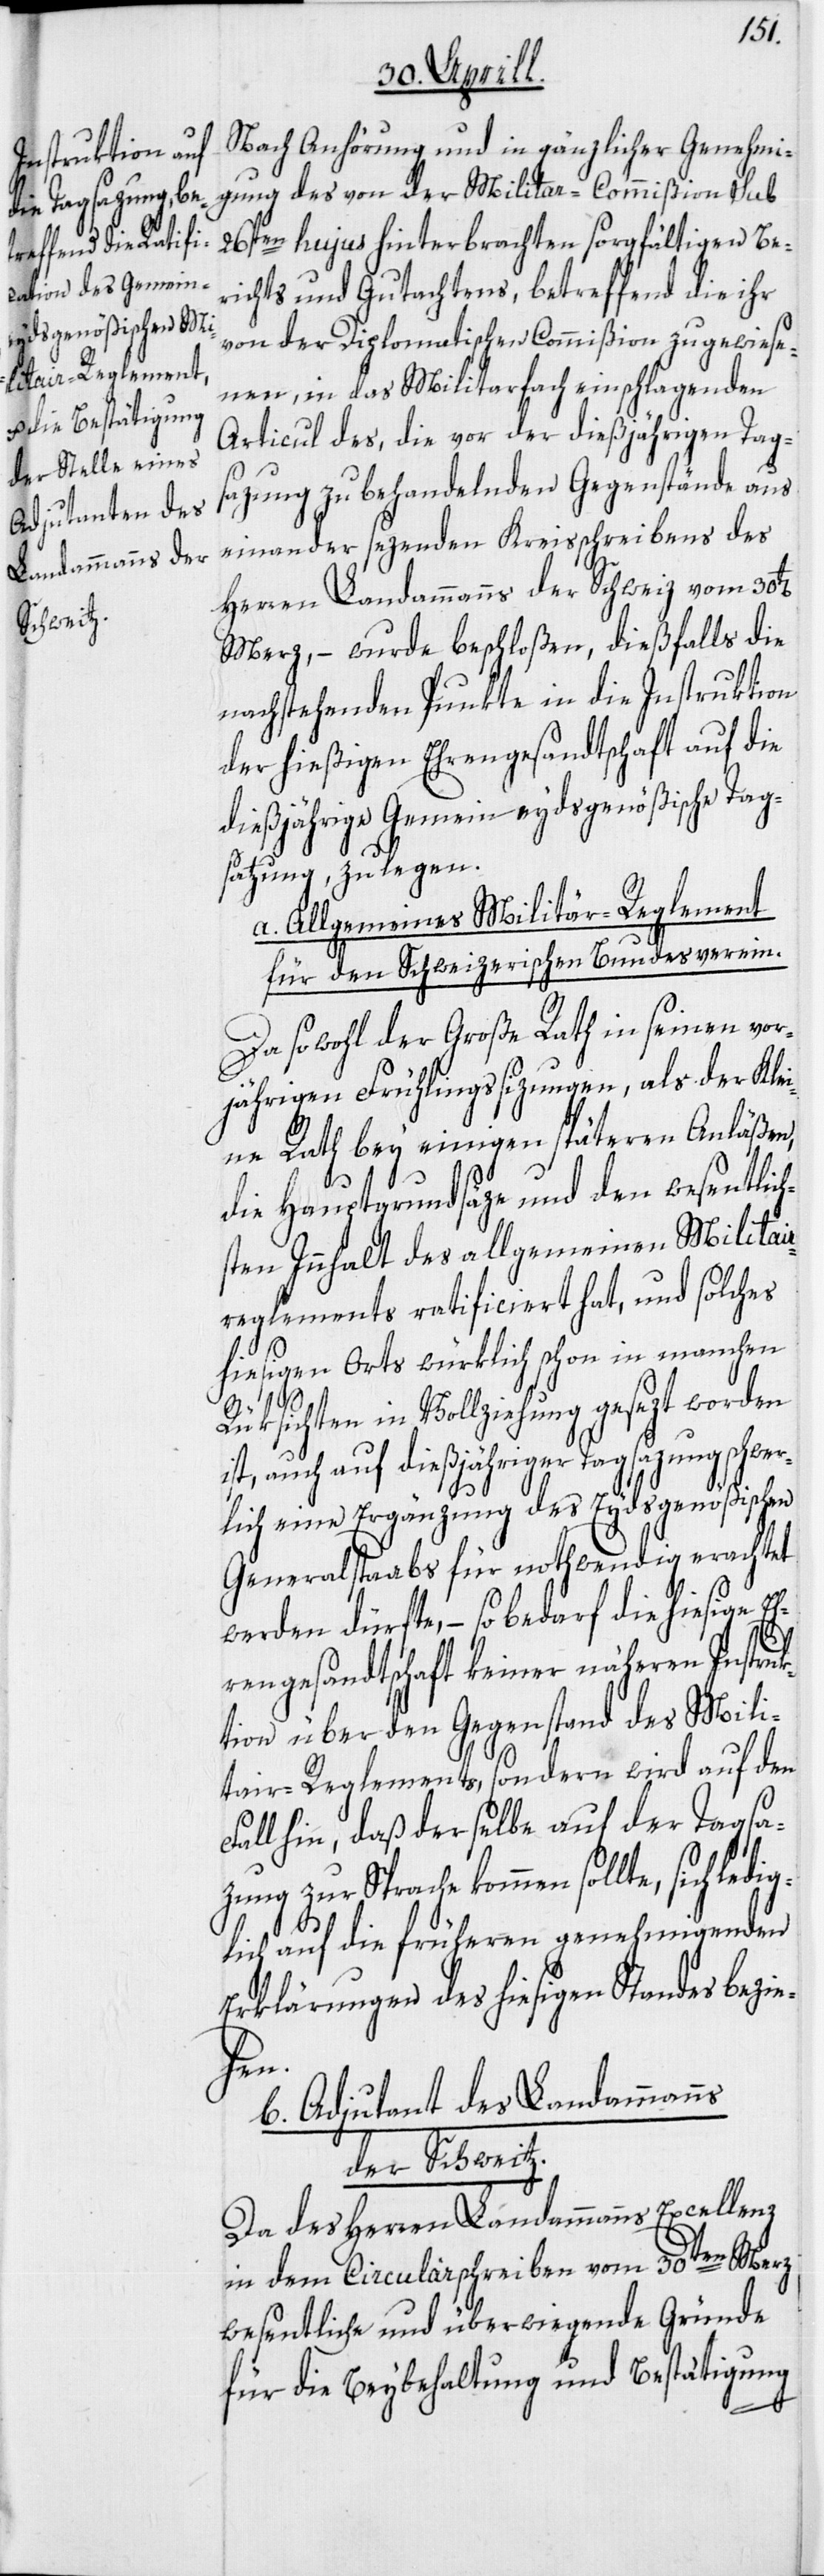
Nach Anhörung und in gänzlicher Genehmi¬
gung des von der Militar-Commißion sub
26sten hujus hinterbrachten sorgfältigen Be¬
richts und Gutachtens, betreffend die ihr
von der Diplomatischen Commißion zugewiese¬
nen, in das Militarfach einschlagenden
Articul des, die vor der dießjährigen Tag¬
sazung zu behandelnden Gegenstände aus
einander sezenden Kreisschreibens des
Herren Landammanns der Schweiz vom 30t[en]
Merz, – wurde beschloßen, dießfalls die
nachstehenden Punkte in die Instruktion
der hießigen Ehrengesandtschaft auf die
dießjährige Gemeineydsgenößische Tag¬
sazung, zu legen.
a. Allgemeines Militär-Reglement
für den Schweizerischen Bundesverein.
Da sowohl der Große Rath in seinen vor¬
jährigen Frühlingssizungen, als der Klei¬
ne Rath bey einigen späteren Anläßen,
die Hauptgrundsäze und den wesentlich¬
sten Innhalt des allgemeinen Militair¬
reglements ratificiert hat, und solches
hiesigen Orts würklich schon in manchen
Rüksichten in Vollziehung gesezt worden
ist, auch auf dießjähriger Tagsazung schwer¬
lich eine Ergänzung des Eydsgenößischen
Generalstaabs für nothwendig erachtet
werden dürfte, – so bedarf die hiesige Eh¬
rengesandtschaft keiner näheren Instruk¬
tion über den Gegenstand des Mili¬
tair-Reglements, sondern wird auf den
Fall hin, daß derselbe auf der Tagsa¬
zung zur Sprache kommen sollte, sich ledi¬
glich auf die früheren genehmigenden
Erklärungen des hiesigen Standes bezie¬
hen.
b. Adjutant des Landammanns
der Schweitz.
Da des Herren Landammanns Excellenz
in dem Circularschreiben vom 30ten Merz
wesentliche und überwiegende Gründe
für die Beybehaltung und Bestätigung